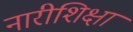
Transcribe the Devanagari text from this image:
नारीशिक्षा